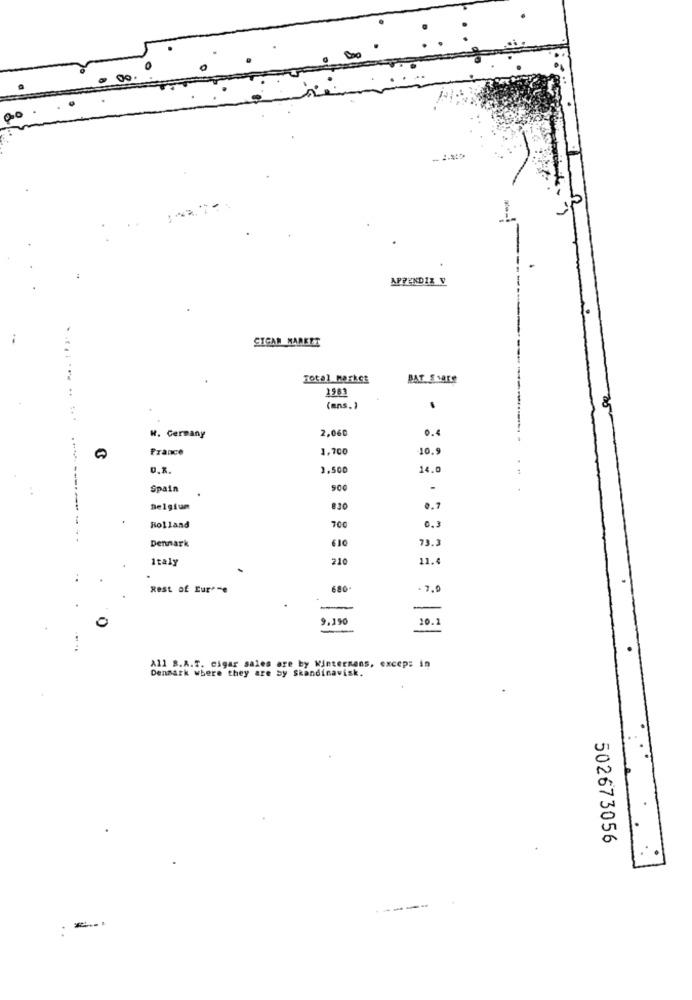
:.
APPENDIX V
SIGAN MAREET
Total Maskes
BAT S YOKO
2581
(ans.)
.
2,060
0.4
H. Germany
France
1,700
10.9
3,500
14.0
Spain
500
Belgium
830
0.7
Holland
700
0.3
Denmark
610
73.3
Italy
210
11.6
Rest of Eure-e
680
·7,0
-
-
9.190
20.1
All B.A.T. cigar sales are by Wintermans, excep: in
Denmark where they are by Skandinavisk.
502673056
----